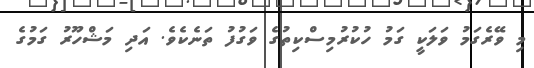
މި ވޭރެގަމު ވަލަކީ ގަމު ހުކުރުމިސްކިތުގެ ވަގުފު ތަނެކެވެ. އަދި މަޝްހޫރު ގަމުގެ